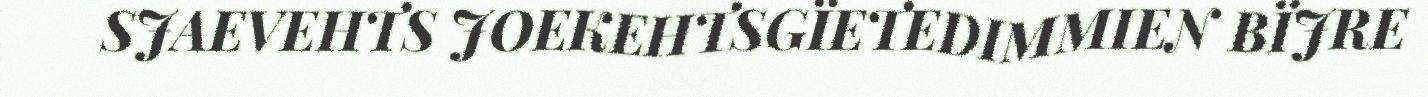
SJAEVEHTS JOEKEHTSGÏETEDIMMIEN BÏJRE